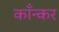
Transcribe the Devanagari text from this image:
काँन्कर